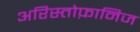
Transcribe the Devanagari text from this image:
अरिस्तोफ़ानिज